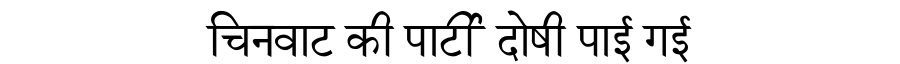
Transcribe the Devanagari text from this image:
चिनवाट की पार्टी दोषी पाई गई